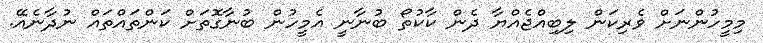
މިމީހުންނަށް ވެރިކަން ލިބިއްޖެއްޔާ ދެން ކާކުތޯ ބުނާނީ އެމީހުން ބުނާގޮތަށް ކަންތައްތައް ނުދާނެއޭ.